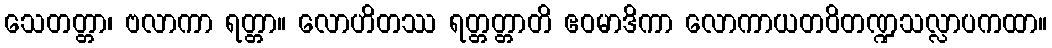
သေတတ္တာ၊ ဗလာကာ ရတ္တာ။ လောဟိတဿ ရတ္တတ္တာတိ ဧဝမာဒိကာ လောကာယတဝိတဏ္ဍသလ္လာပကထာ။